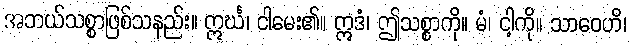
အဘယ်သစ္စာဖြစ်သနည်း။ ဣင်္ဃ၊ ငါမေး၏။ ဣဒံ၊ ဤသစ္စာကို။ မံ၊ ငါ့ကို။ သာဝေဟိ၊